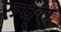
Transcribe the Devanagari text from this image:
रुप्ए